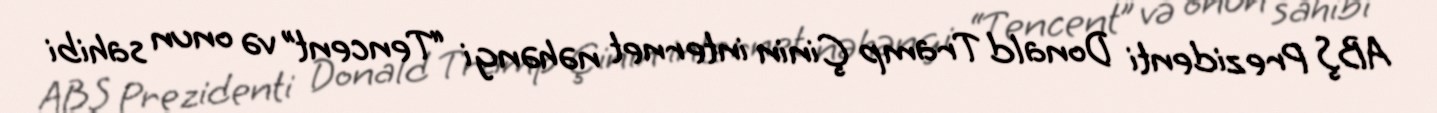
ABŞ Prezidenti Donald Tramp Çinin internet nəhəngi “Tencent” və onun sahibi